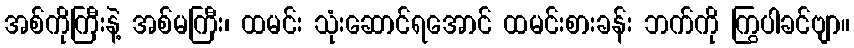
အစ်ကိုကြီးနဲ့ အစ်မကြီး၊ ထမင်း သုံးဆောင်ရအောင် ထမင်းစားခန်း ဘက်ကို ကြွပါခင်ဗျာ။